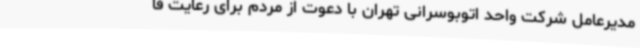
مدیرعامل شرکت واحد اتوبوسرانی تهران با دعوت از مردم برای رعایت فا